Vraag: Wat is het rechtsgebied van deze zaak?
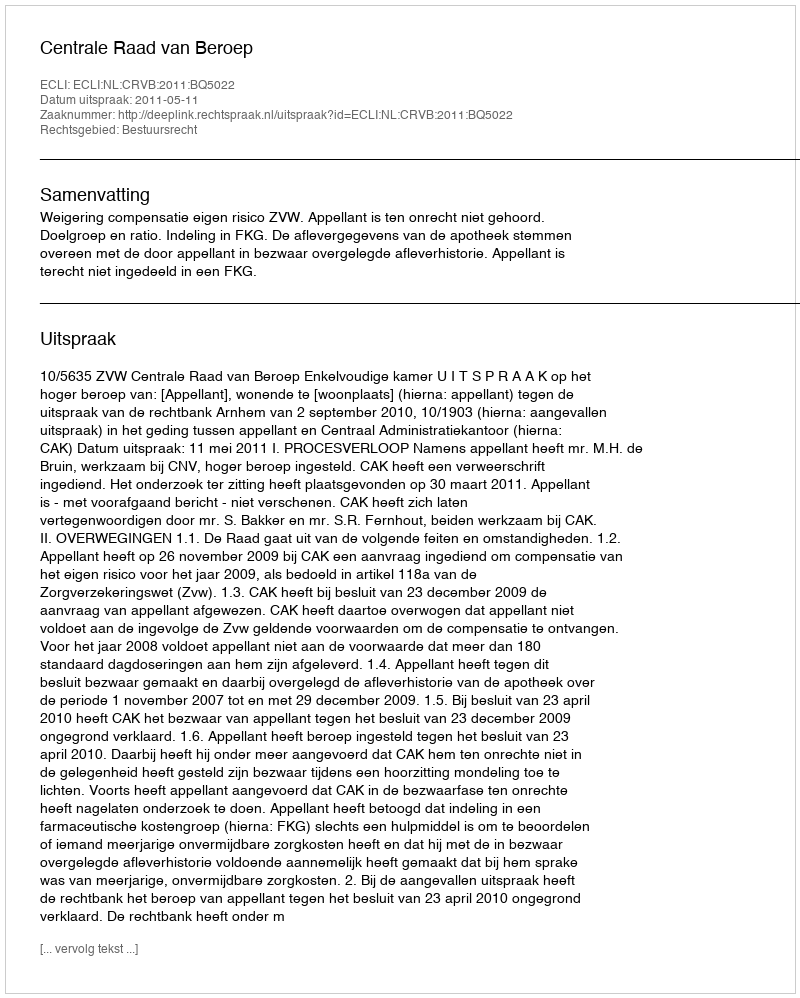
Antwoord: Bestuursrecht